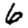
Digit: 6